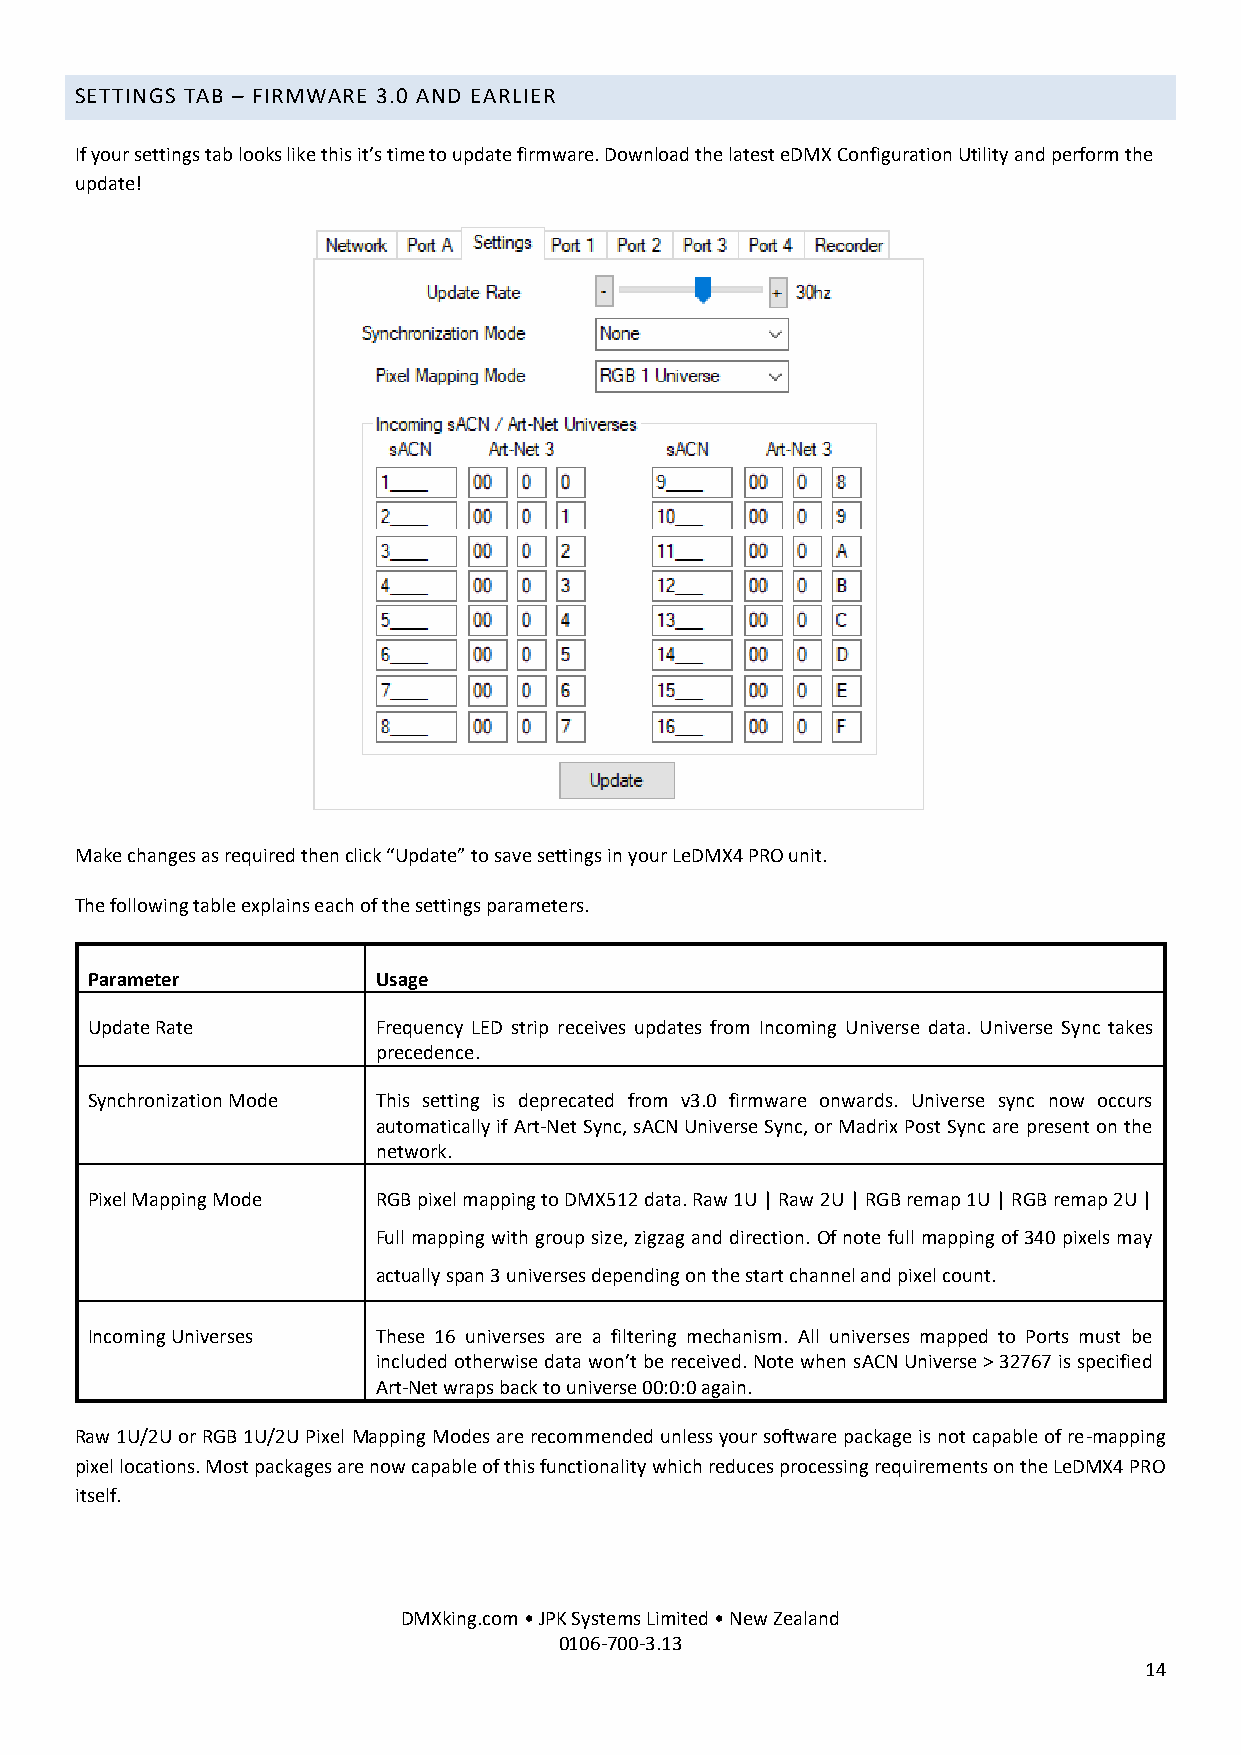
SETTINGS TAB – FIRMWARE 3.0 AND EARLIER
 If your settings tab looks like this it’s time to update firmware. Download the latest eDMX Configuration Utility and perform the
 update!
 Make changes as required then click “Update” to save settings in your LeDMX4 PRO unit.
 The following table explains each of the settings parameters.
 Parameter          Usage
 Update Rate        Frequency LED strip receives updates from Incoming Universe data. Universe Sync takes
 precedence.
 Synchronization Mode This setting is deprecated from v3.0 firmware onwards. Universe sync now occurs
 automatically if Art-Net Sync, sACN Universe Sync, or Madrix Post Sync are present on the
 network.
 Pixel Mapping Mode RGB pixel mapping to DMX512 data. Raw 1U | Raw 2U | RGB remap 1U | RGB remap 2U |
 Full mapping with group size, zigzag and direction. Of note full mapping of 340 pixels may
 actually span 3 universes depending on the start channel and pixel count.
 Incoming Universes These 16 universes are a filtering mechanism. All universes mapped to Ports must be
 included otherwise data won’t be received. Note when sACN Universe > 32767 is specified
 Art-Net wraps back to universe 00:0:0 again.
 Raw 1U/2U or RGB 1U/2U Pixel Mapping Modes are recommended unless your software package is not capable of re-mapping
 pixel locations. Most packages are now capable of this functionality which reduces processing requirements on the LeDMX4 PRO
 itself.
 DMXking.com • JPK Systems Limited • New Zealand
 0106-700-3.13
 14